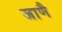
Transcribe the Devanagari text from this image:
जाणै